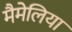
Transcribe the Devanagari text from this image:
मैमेलिया